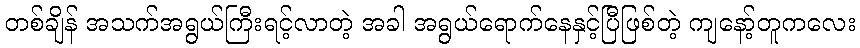
တစ်ချိန် အသက်အရွယ်ကြီးရင့်လာတဲ့ အခါ အရွယ်ရောက်နေနှင့်ပြီဖြစ်တဲ့ ကျနော့်တူကလေး